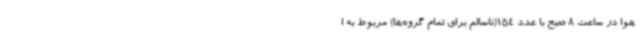
هوا در ساعت 8 صبح با عدد 154(ناسالم برای تمام گروه‌ها) مربوط به ا